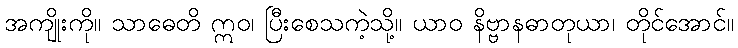
အကျိုးကို။ သာဓေတိ ဣဝ၊ ပြီးစေသကဲ့သို့။ ယာဝ နိဗ္ဗာနဓာတုယာ၊ တိုင်အောင်။